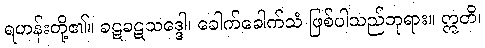
ရဟန်းတို့၏။ ခဋခဋသဒ္ဒေါ၊ ခေါက်ခေါက်သံ ဖြစ်ပါသည်ဘုရား။ ဣတိ၊